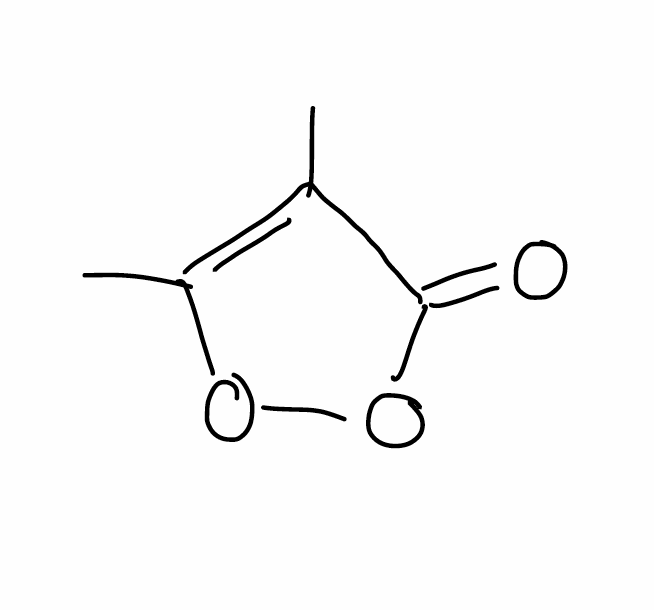
Simplified molecular-input line-entry system (SMILES) notation of the given molecule:
CC1=C(OOC1=O)C